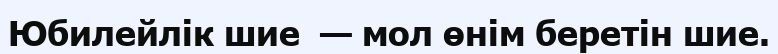
Юбилейлік шие  — мол өнім беретін шие.